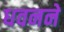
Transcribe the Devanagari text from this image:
धवनने